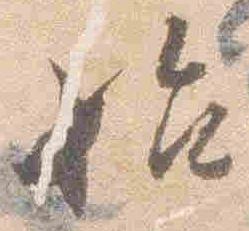
始